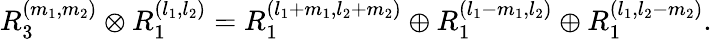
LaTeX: R_{3}^{(m_{1},m_{2})}\otimes R_{1}^{(l_{1},l_{2})}=R_{1}^{(l_{1}+m_{1},l_{2}+m_{2})}\oplus R_{1}^{(l_{1}-m_{1},l_{2})}\oplus R_{1}^{(l_{1},l_{2}-m_{2})}.